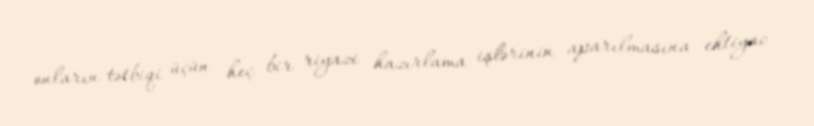
onların tətbiqi üçün heç bir riyazi hazırlama işlərinin aparılmasına ehtiyac